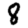
Digit: 8